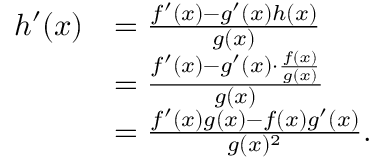
{ \begin{array} { r l } { h ^ { \prime } ( x ) } & { = { \frac { f ^ { \prime } ( x ) - g ^ { \prime } ( x ) h ( x ) } { g ( x ) } } } \\ & { = { \frac { f ^ { \prime } ( x ) - g ^ { \prime } ( x ) \cdot { \frac { f ( x ) } { g ( x ) } } } { g ( x ) } } } \\ & { = { \frac { f ^ { \prime } ( x ) g ( x ) - f ( x ) g ^ { \prime } ( x ) } { g ( x ) ^ { 2 } } } . } \end{array} }